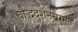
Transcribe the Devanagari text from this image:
बौद्धदर्शनसम्मत